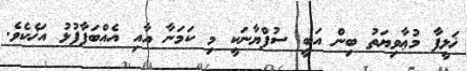
ޚަލީފާ މުޢާވިޔަތު ބިން އަބީ ސުފްޔާނަކީ މި ކަމަނާ އާއި އެއްބަފާފުޅު އަޚެކެވެ.